Civil Veterinary Dept. Bombay admin report 1932-41 - 1932-1941
Year: 1932
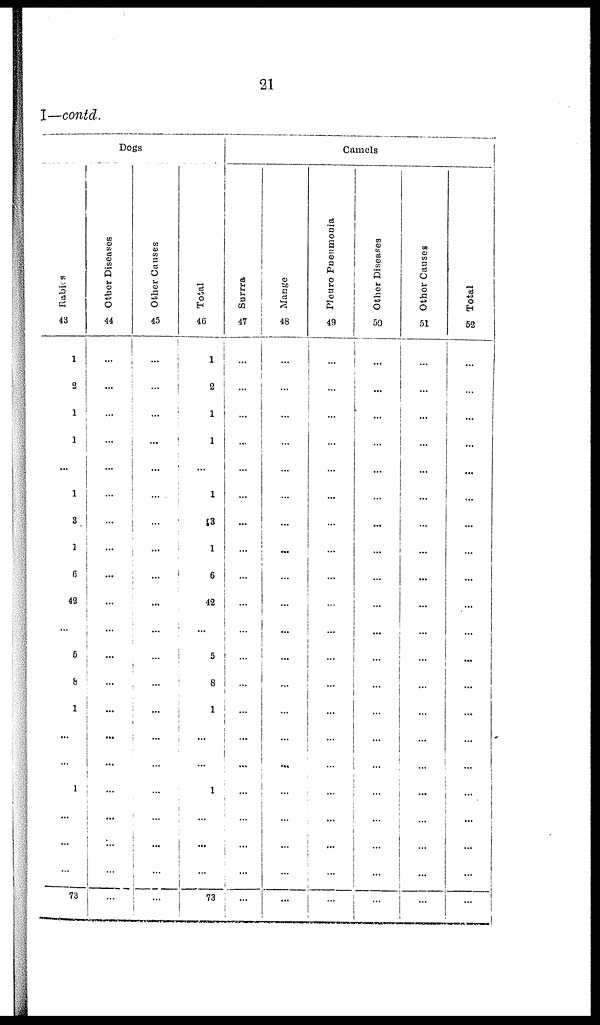
21
I—contd.
Dogs
Rabies
43
1
2
1
1
...
1
3
1
6
42
...
6
8
1
...
...
1
...
...
...
73
Other Diseases
44
...
...
...
...
...
...
...
...
...
...
...
...
...
...
...
...
...
...
...
...
...
Other Causes
45
...
...
...
...
...
...
...
...
...
...
...
...
...
...
...
...
...
...
...
...
...
Total
46
1
2
1
1
...
1
13
1
6
42
...
5 8
1
...
...
1
...
...
...
73
Camels
Surrra
47
...
...
...
...
...
...
...
...
...
...
...
...
...
...
...
...
...
...
...
...
...
Mange
48
...
...
...
...
...
...
...
...
...
...
...
...
...
...
...
...
...
...
...
...
...
Pleuro Pneumonia
49
...
...
...
...
...
...
...
...
...
...
... ...
...
...
...
...
...
...
...
...
...
Other Diseases
50
...
...
...
...
...
...
...
...
...
...
...
...
...
...
...
...
... ...
...
...
...
Other Causes
51
...
...
...
...
...
...
...
...
...
...
...
...
...
...
...
...
...
...
...
...
...
Total
52
...
...
...
...
...
...
...
...
...
...
...
...
...
...
...
...
...
...
...
...
...